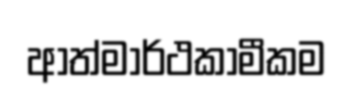
ආත්මාර්ථකාමීකම